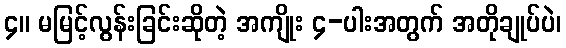
၄။ မမြင့်လွန်းခြင်းဆိုတဲ့ အကျိုး ၄-ပါးအတွက် အတိုချုပ်ပဲ၊